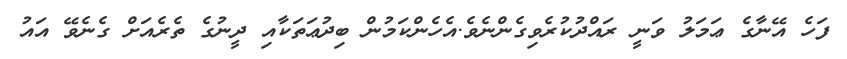
ފަހެ އޭނާގެ ޢަމަލު ވަނީ ރައްދުކުރެވިގެންނެވެ.އެހެންކަމުން ބިދުޢަތަކާއި ދީނުގެ ތެރެއަށް ގެނެވޭ އައު